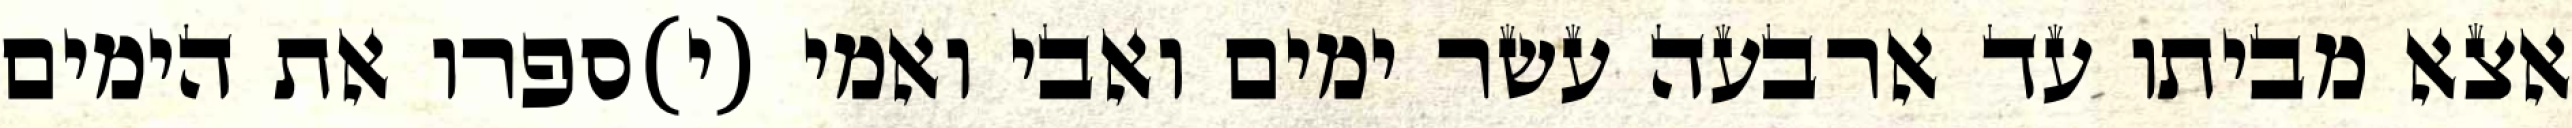
אצא מביתו עד ארבעה עשר ימים ואבי ואמי (י)ספרו את הימים